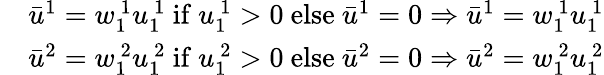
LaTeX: \begin{array}{rl}&{\bar{u}^{1}=w_{1\ }^{\ 1}u_{1\ }^{\ 1}\mathrm{~if~}u_{1\ }^{\ 1}>0\mathrm{~else~}\bar{u}^{1}=0\Rightarrow\bar{u}^{1}=w_{1\ }^{\ 1}u_{1\ }^{\ 1}}\\ &{\bar{u}^{2}=w_{1\ }^{\ 2}u_{1\ }^{\ 2}\mathrm{~if~}u_{1\ }^{\ 2}>0\mathrm{~else~}\bar{u}^{2}=0\Rightarrow\bar{u}^{2}=w_{1\ }^{\ 2}u_{1\ }^{\ 2}}\end{array}